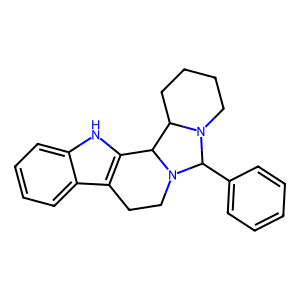
SMILES: c1ccc(C2N3CCCCC3C3c4[nH]c5ccccc5c4CCN32)cc1
Inhibits HIV replication: No